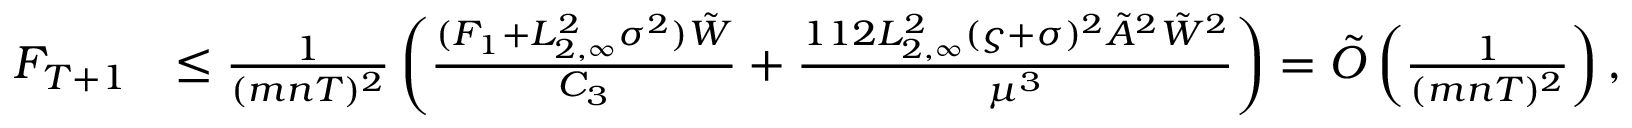
\begin{array} { r l } { F _ { T + 1 } } & { \le \frac { 1 } { ( m n T ) ^ { 2 } } \left( \frac { ( F _ { 1 } + L _ { 2 , \infty } ^ { 2 } \sigma ^ { 2 } ) \tilde { W } } { C _ { 3 } } + \frac { 1 1 2 L _ { 2 , \infty } ^ { 2 } ( \varsigma + \sigma ) ^ { 2 } \tilde { A } ^ { 2 } { \tilde { W } } ^ { 2 } } { \mu ^ { 3 } } \right) = \tilde { O } \left( \frac { 1 } { ( m n T ) ^ { 2 } } \right) , } \end{array}